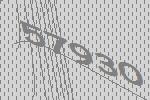
57930